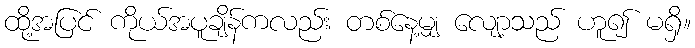
ထို့အပြင် ကိုယ်အပူချိန်ကလည်း တစ်နေ့မျှ လျော့သည် ဟူ၍ မရှိ။